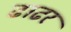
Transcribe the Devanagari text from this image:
ढाढर